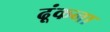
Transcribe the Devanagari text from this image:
ढ़ूंकना